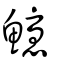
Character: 𩽇